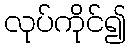
လုပ်ကိုင်၍